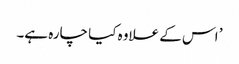
’ اس کے علاوہ کیا چارہ ہے۔